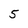
Character: 5